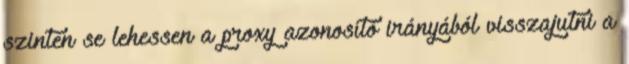
szinten se lehessen a proxy azonosító irányából visszajutni a